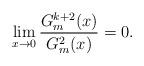
LaTeX: \begin{align*} \lim_{x \to 0}\frac{G^{k+2}_m(x)}{G^2_m(x)}= 0. \end{align*}